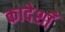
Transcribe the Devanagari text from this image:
कादेशाँ